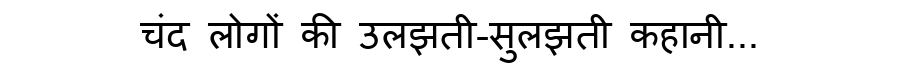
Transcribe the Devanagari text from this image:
चंद लोगों की उलझती-सुलझती कहानी...